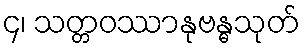
၄၊ သတ္တဝဿာနုဗန္ဓသုတ်